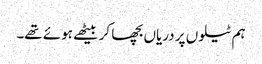
ہم ٹیلوں پر دریاں بچھا کر بیٹھے ہوئے تھے۔